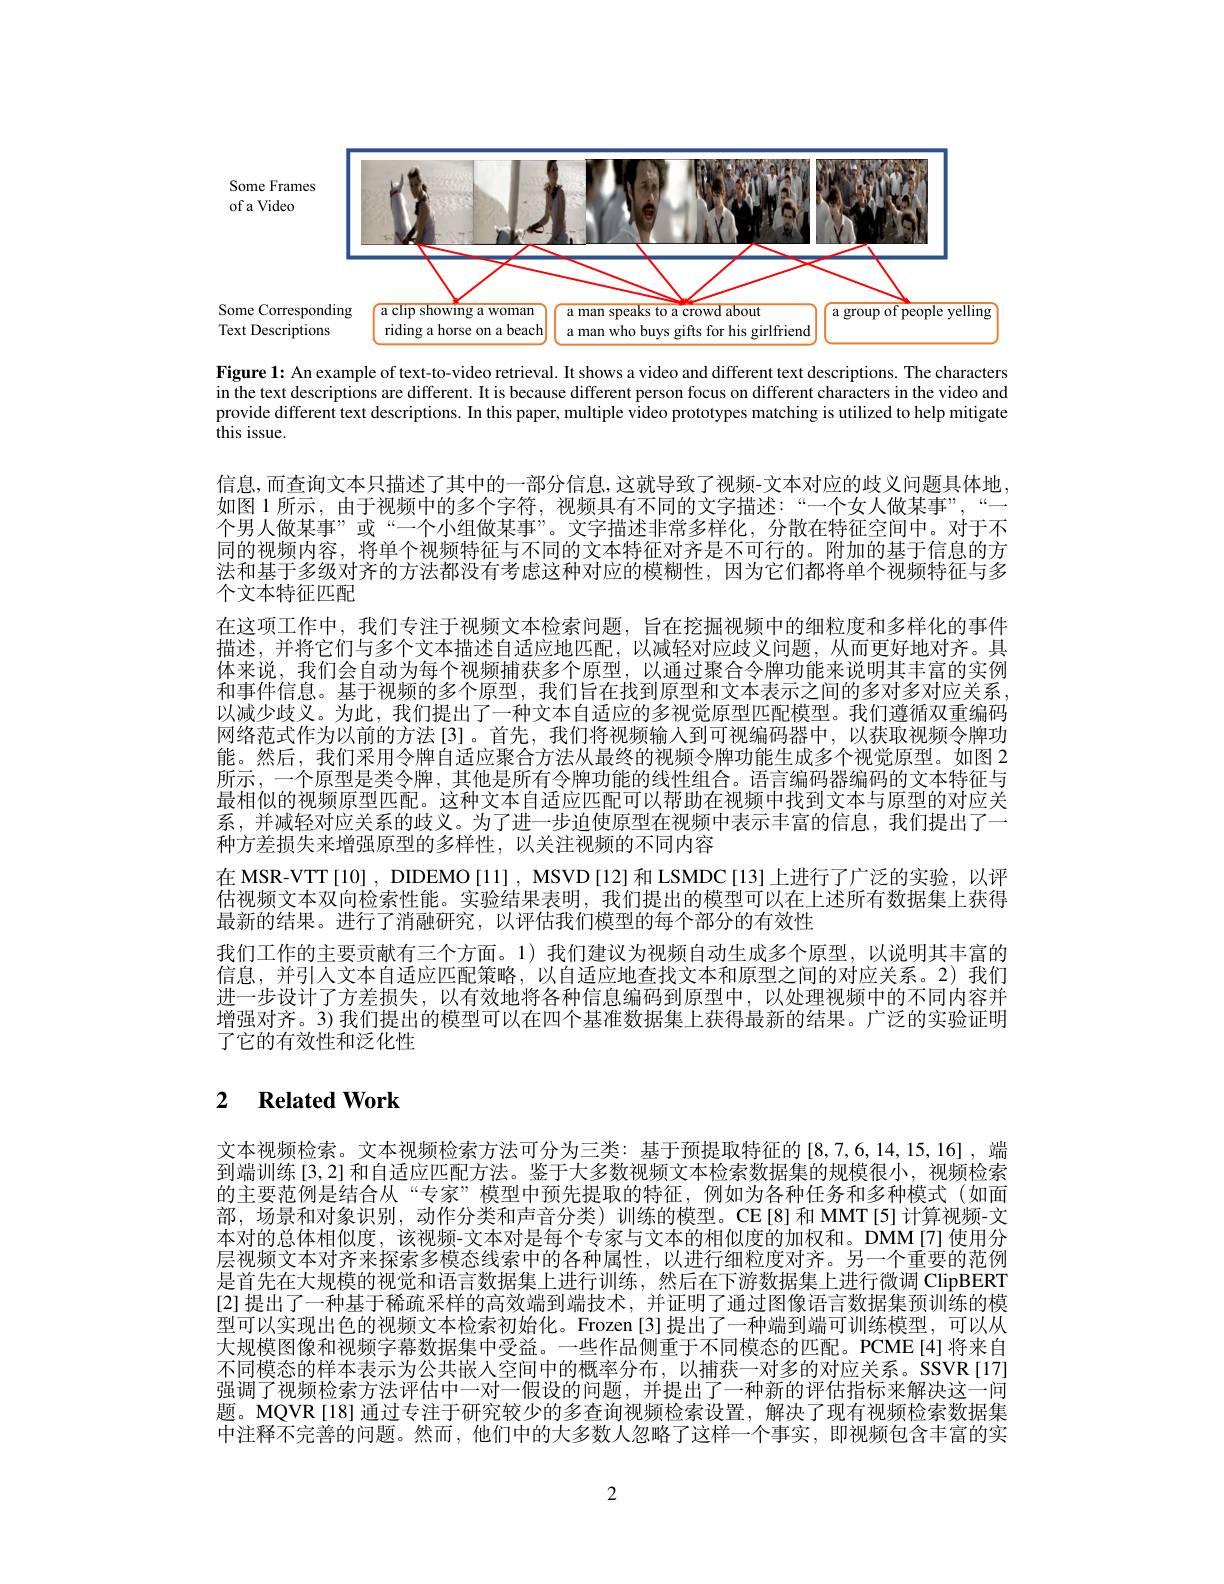
of a

Some
<FigureHere>

Some

Text

Figure 1: An example of text-to-video retrieval. It shows a video and different text descriptions. The characters in the text descriptions are different. It is because different person focus on different characters in the video and provide different text descriptions. In this paper, multiple video prototypes matching is utilized to help mitigate this issue.

信息，而查询文本只描述了其中的一部分信息，这就导致了视频-文本对应的歧义问题具体地， 如图 1 所示 ,由于视频中的多个字符，视频具有不同的文字描述：“一个女人做某事”,“一个男人做某事”或“一个小组做某事”。文字描述非常多样化，分散在特征空间中。对于不同的视频内容，将单个视频特征与不同的文本特征对齐是不可行的。附加的基于信息的方法和基于多级对齐的方法都没有考虑这种对应的模糊性，因为它们都将单个视频特征与多个文本特征匹配
在这项工作中，我们专注于视频文本检索问题，旨在挖掘视频中的细粒度和多样化的事件描述，并将它们与多个文本描述自适应地匹配，以减轻对应歧义问题，从而更好地对齐。具体来说，我们会自动为每个视频捕获多个原型，以通过聚合令牌功能来说明其丰富的实例和事件信息。基于视频的多个原型，我们旨在找到原型和文本表示之间的多对多对应关系， 以减少歧义。为此，我们提出了一种文本自适应的多视觉原型匹配模型。我们遵循双重编码网络范式作为以前的方法[3]。首先，我们将视频输入到可视编码器中，以获取视频令牌功能。然后，我们采用令牌自适应聚合方法从最终的视频令牌功能生成多个视觉原型。如图 2所示，一个原型是类令牌，其他是所有令牌功能的线性组合。语言编码器编码的文本特征与最相似的视频原型匹配。这种文本自适应匹配可以帮助在视频中找到文本与原型的对应关系，并减轻对应关系的歧义。为了进一步迫使原型在视频中表示丰富的信息，我们提出了一种方差损失来增强原型的多样性，以关注视频的不同内容
在 MSR-VTT [10] , DIDEMO [11] , MSVD [12]和 LSMDC [13] 上进行了广泛的实验，以评估视频文本双向检索性能。实验结果表明，我们提出的模型可以在上述所有数据集上获得最新的结果。进行了消融研究，以评估我们模型的每个部分的有效性
我们工作的主要贡献有三个方面。1) 我们建议为视频自动生成多个原型，以说明其丰富的信息，并引人文本自适应匹配策略，以自适应地查找文本和原型之间的对应关系。2)我们进一步设计了方差损失，以有效地将各种信息编码到原型中，以处理视频中的不同内容并增强对齐。3) 我们提出的模型可以在四个基准数据集上获得最新的结果。广泛的实验证明了它的有效性和泛化性

# 2 $\textbf{Related Work}$

文本视频检索。文本视频检索方法可分为三类：基于预提取特征的[8,7,6,14,15,16],端到端训练[3,2] 和自适应匹配方法。鉴于大多数视频文本检索数据集的规模很小，视频检索的主要范例是结合从“专家”模型中预先提取的特征，例如为各种任务和多种模式(如面部，场景和对象识别，动作分类和声音分类)训练的模型。CE[8]和 MMT[5]计算视频-文本对的总体相似度，该视频-文本对是每个专家与文本的相似度的加权和。DMM[7]使用分层视频文本对齐来探索多模态线索中的各种属性，以进行细粒度对齐。另一个重要的范例是首先在大规模的视觉和语言数据集上进行训练，然后在下游数据集上进行微调 ClipBERT [2] 提出了一种基于稀疏采样的高效端到端技术，并证明了通过图像语言数据集预训练的模型可以实现出色的视频文本检索初始化。Frozen[3]提出了一种端到端可训练模型，可以从大规模图像和视频字幕数据集中受益。一些作品侧重于不同模态的匹配。PCME[4]将来自不同模态的样本表示为公共嵌人空间中的概率分布，以捕获一对多的对应关系。SSVR[17] 强调了视频检索方法评估中一对一假设的问题，并提出了一种新的评估指标来解决这一间题。MQVR[18] 通过专注于研究较少的多查询视频检索设置，解决了现有视频检索数据集中注释不完善的问题。然而，他们中的大多数人忽略了这样一个事实，即视频包含丰富的实

2